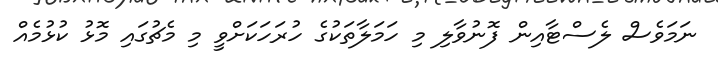
ނަމަވެސް ލެސްޓާއިން ފޮނުވާލި މި ހަމަލާތަކުގެ ހުރަހަކަށްވީ މި މެޗުގައި މޮޅު ކުޅުމެއް